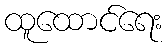
ထူထောင်ရေး